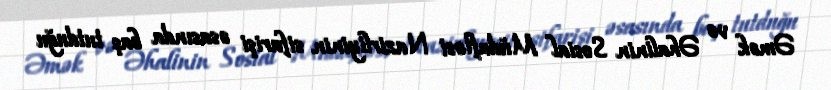
Əmək və Əhalinin Sosial Müdafiəsi Nazirliyinin sifarişi əsasında baş tutduğu